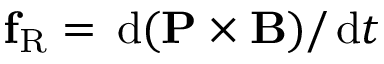
\mathbf f _ { \mathrm { R } } = \, \mathrm { d } ( \mathbf P \times \mathbf B ) / \, \mathrm { d } t